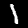
Digit: 1